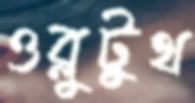
ওব্লুটুথ